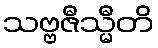
သဗ္ဗဇီသ္မီတိ